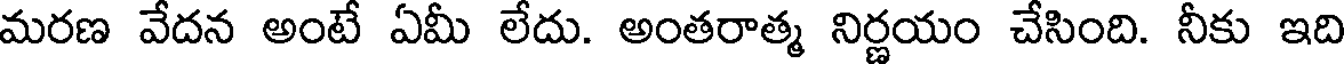
మరణ వేదన అంటే ఏమీ లేదు. అంతరాత్మ నిర్ణయం చేసింది. నీకు ఇది